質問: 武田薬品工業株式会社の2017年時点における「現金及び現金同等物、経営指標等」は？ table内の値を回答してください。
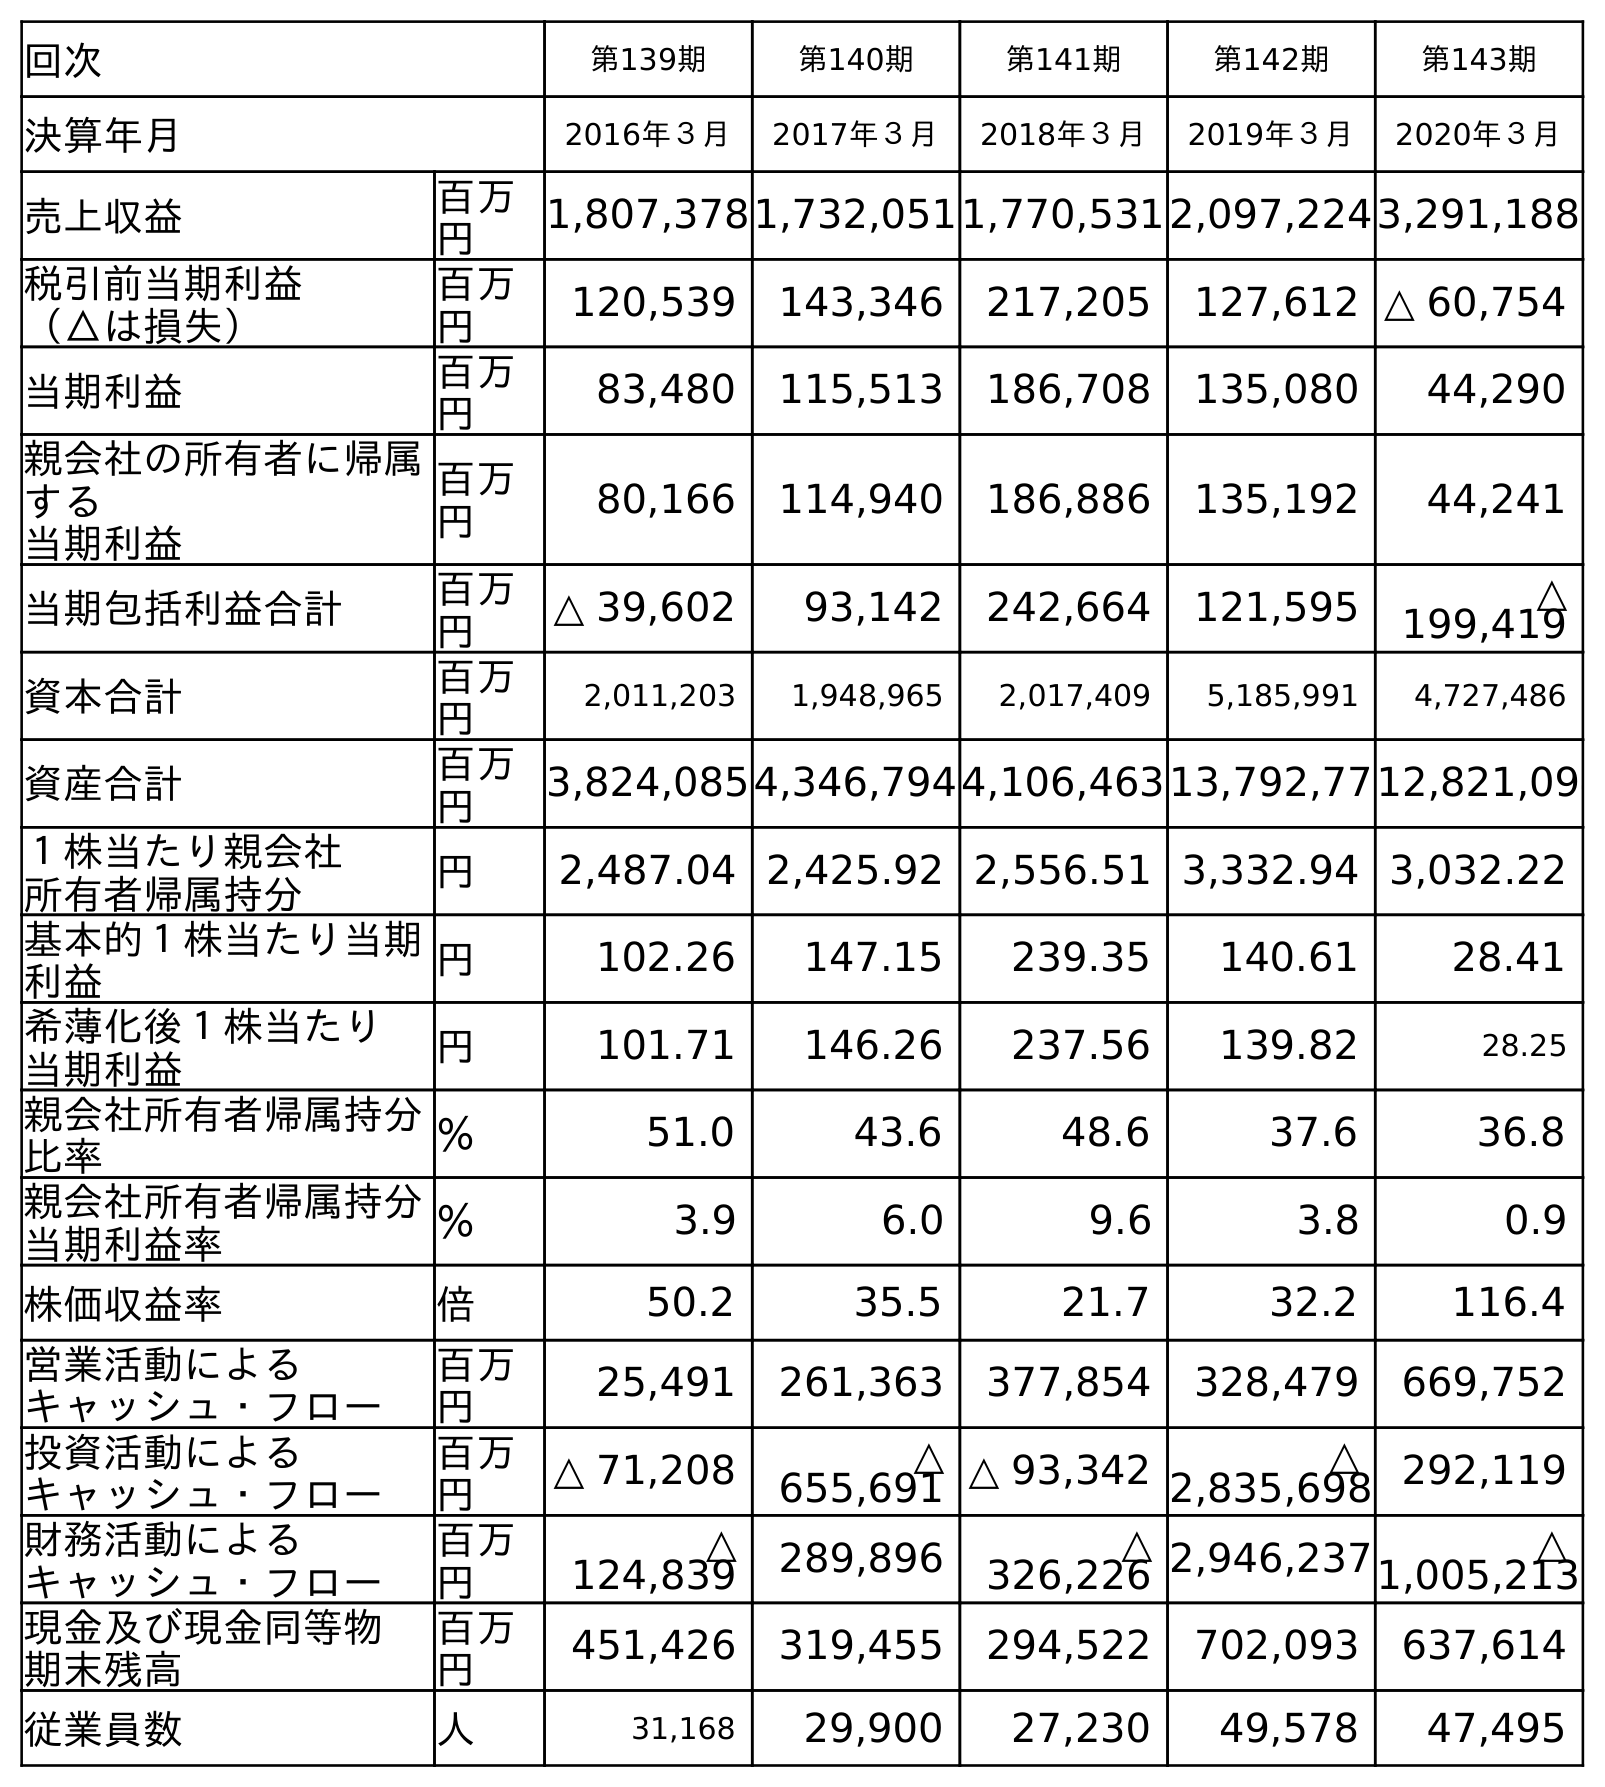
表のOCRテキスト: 回次 第139期 第140期 第141期 第142期 第143期 決算年月 2016年３月 2017年３月 2018年３月 2019年３月 2020年３月 売上収益 百万 円 1,807,3781,732,0511,770,5312,097,2243,291,188 税引前当期利益 （△は損失） 百万 円 120,539 143,346 217,205 127,612 △ 60,754 当期利益 百万 円 83,480 115,513 186,708 135,080 44,290 親会社の所有者に帰属 する 当期利益 百万 円 80,166 114,940 186,886 135,192 44,241 当期包括利益合計 百万 円 △ 39,602 93,142 242,664 121,595 △ 199,419 資本合計 百万 円 2,011,203 1,948,965 2,017,409 5,185,991 4,727,486 資産合計 百万 円 3,824,0854,346,7944,106,46313,792,7712,821,09 １株当たり親会社 所有者帰属持分 円 2,487.04 2,425.92 2,556.51 3,332.94 3,032.22 基本的１株当たり当期 利益 円 102.26 147.15 239.35 140.61 28.41 希薄化後１株当たり 当期利益 円 101.71 146.26 237.56 139.82 28.25 親会社所有者帰属持分 比率 ％ 51.0 43.6 48.6 37.6 36.8 親会社所有者帰属持分 当期利益率 ％ 3.9 6.0 9.6 3.8 0.9 株価収益率 倍 50.2 35.5 21.7 32.2 116.4 営業活動による キャッシュ・フロー 百万 円 25,491 261,363 377,854 328,479 669,752 投資活動による キャッシュ・フロー 百万 円 △ 71,208 △ 655,691 △ 93,342 △ 2,835,698 292,119 財務活動による キャッシュ・フロー 百万 円 △ 124,839 289,896 △ 326,226 2,946,237 △ 1,005,213 現金及び現金同等物 期末残高 百万 円 451,426 319,455 294,522 702,093 637,614 従業員数 人 31,168 29,900 27,230 49,578 47,495
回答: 319,455